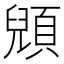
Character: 𲊲